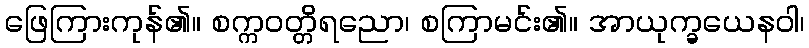
ဖြေကြားကုန်၏။ စက္ကဝတ္တိရညော၊ စကြာမင်း၏။ အာယုက္ခယေနဝါ၊